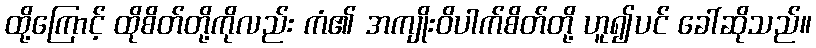
ထို့ကြောင့် ထိုစိတ်တို့ကိုလည်း ကံ၏ အကျိုးဝိပါက်စိတ်တို့ ဟူ၍ပင် ခေါ်ဆိုသည်။